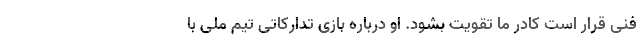
فنی قرار است کادر ما تقویت بشود. او درباره بازی تدارکاتی تیم ملی با